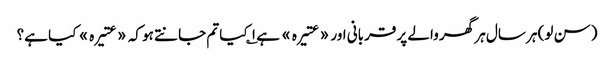
(سن لو) ہر سال ہر گھر والے پر قربانی اور «عتیرہ» ہے ۱؎ کیا تم جانتے ہو کہ «عتیرہ» کیا ہے؟